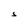
Character: S